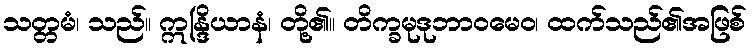
သတ္တမံ၊ သည်။ ဣန္ဒြိယာနံ၊ တို့၏။ တိက္ခမုဒုဘာဝမေဝ၊ ထက်သည်၏အဖြစ်